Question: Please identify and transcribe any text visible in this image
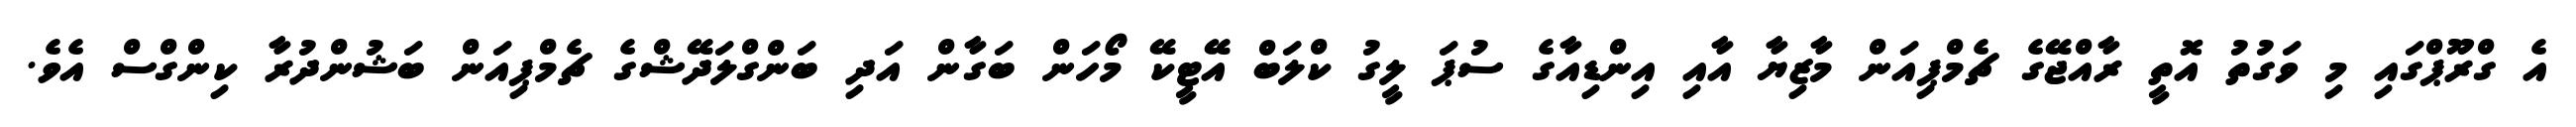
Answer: އެ ގްރޫޕްގައި މި ވަގުތު އޮތީ ރާއްޖޭގެ ޗެމްޕިއަން މާޒިޔާ އާއި އިންޑިއާގެ ސުޕަ ލީގު ކްލަބް އޭޓީކޭ މޯހަން ބަގާން އަދި ބަންގްލަދޭޝްގެ ޗެމްޕިއަން ބަޝުންދުރާ ކިންގްސް އެވެ.